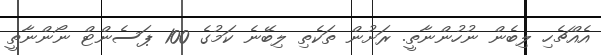
އެއްޗެހި ލިބެން ނުހުންނާތީ. ރަށުން ތަކެތި ލިބޭނެ ކަމުގެ 100 ޕަސެންޓް ނޯންނާތީ